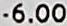
-6.00